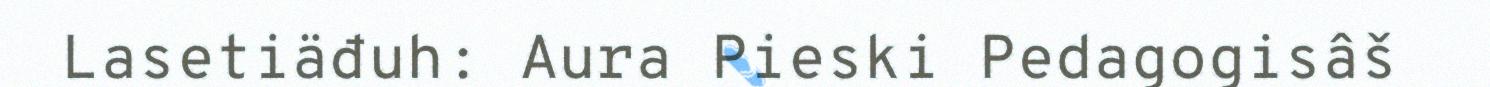
Lasetiäđuh: Aura Pieski Pedagogisâš